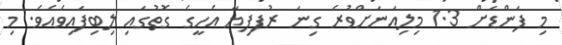
މި ފަންޑަށް 1.3 މިލިއަނަށްވުރެ ގިނަ ރުފފިޔާ އެހީގެ ގޮތުގައި ލިބިފައިވެއެވެ. މި